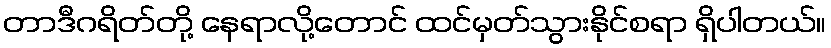
တာဒီဂရိတ်တို့ နေရာလို့တောင် ထင်မှတ်သွားနိုင်စရာ ရှိပါတယ်။